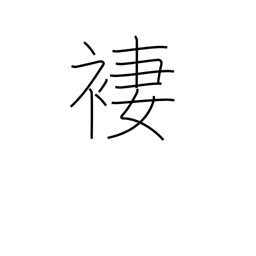
Meaning: skirt